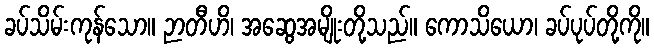
ခပ်သိမ်းကုန်သော။ ဉာတီဟိ၊ အဆွေအမျိုးတို့သည်။ ကောသိယော၊ ခပ်ပုပ်တို့ကို။